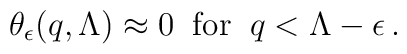
\theta_{\epsilon}(q,\Lambda)\approx 0 \;\; {\rm for} \; \; q <\Lambda-\epsilon \,.